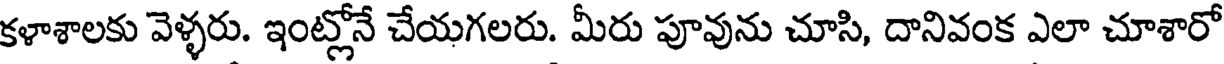
కళాశాలకు వెళ్ళరు. ఇంట్లోనే చేయగలరు. మీరు పూవును చూసి, దానివంక ఎలా చూశారో